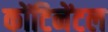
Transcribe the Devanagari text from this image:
कोंटिनेंटल